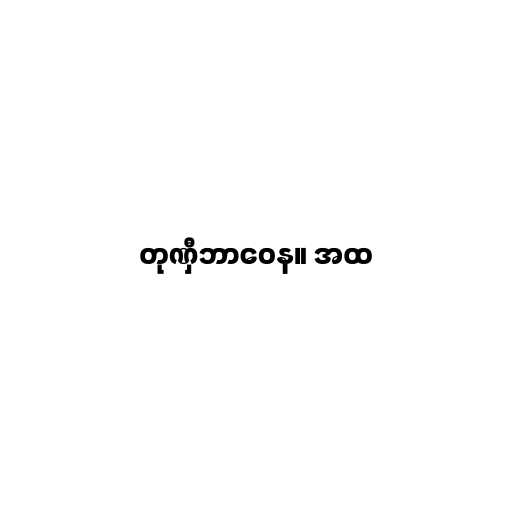
တုဏှီဘာဝေန။ အထ